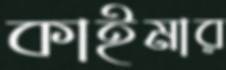
কাইমার